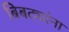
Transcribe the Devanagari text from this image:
बिबट्यांना